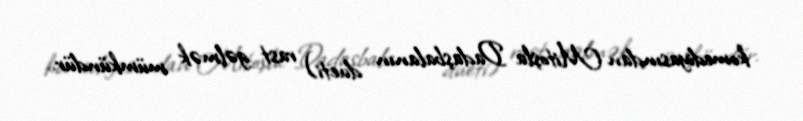
komediyasından Mitoşla Dadaşbalanın dueti) rast gəlmək mümkündür.